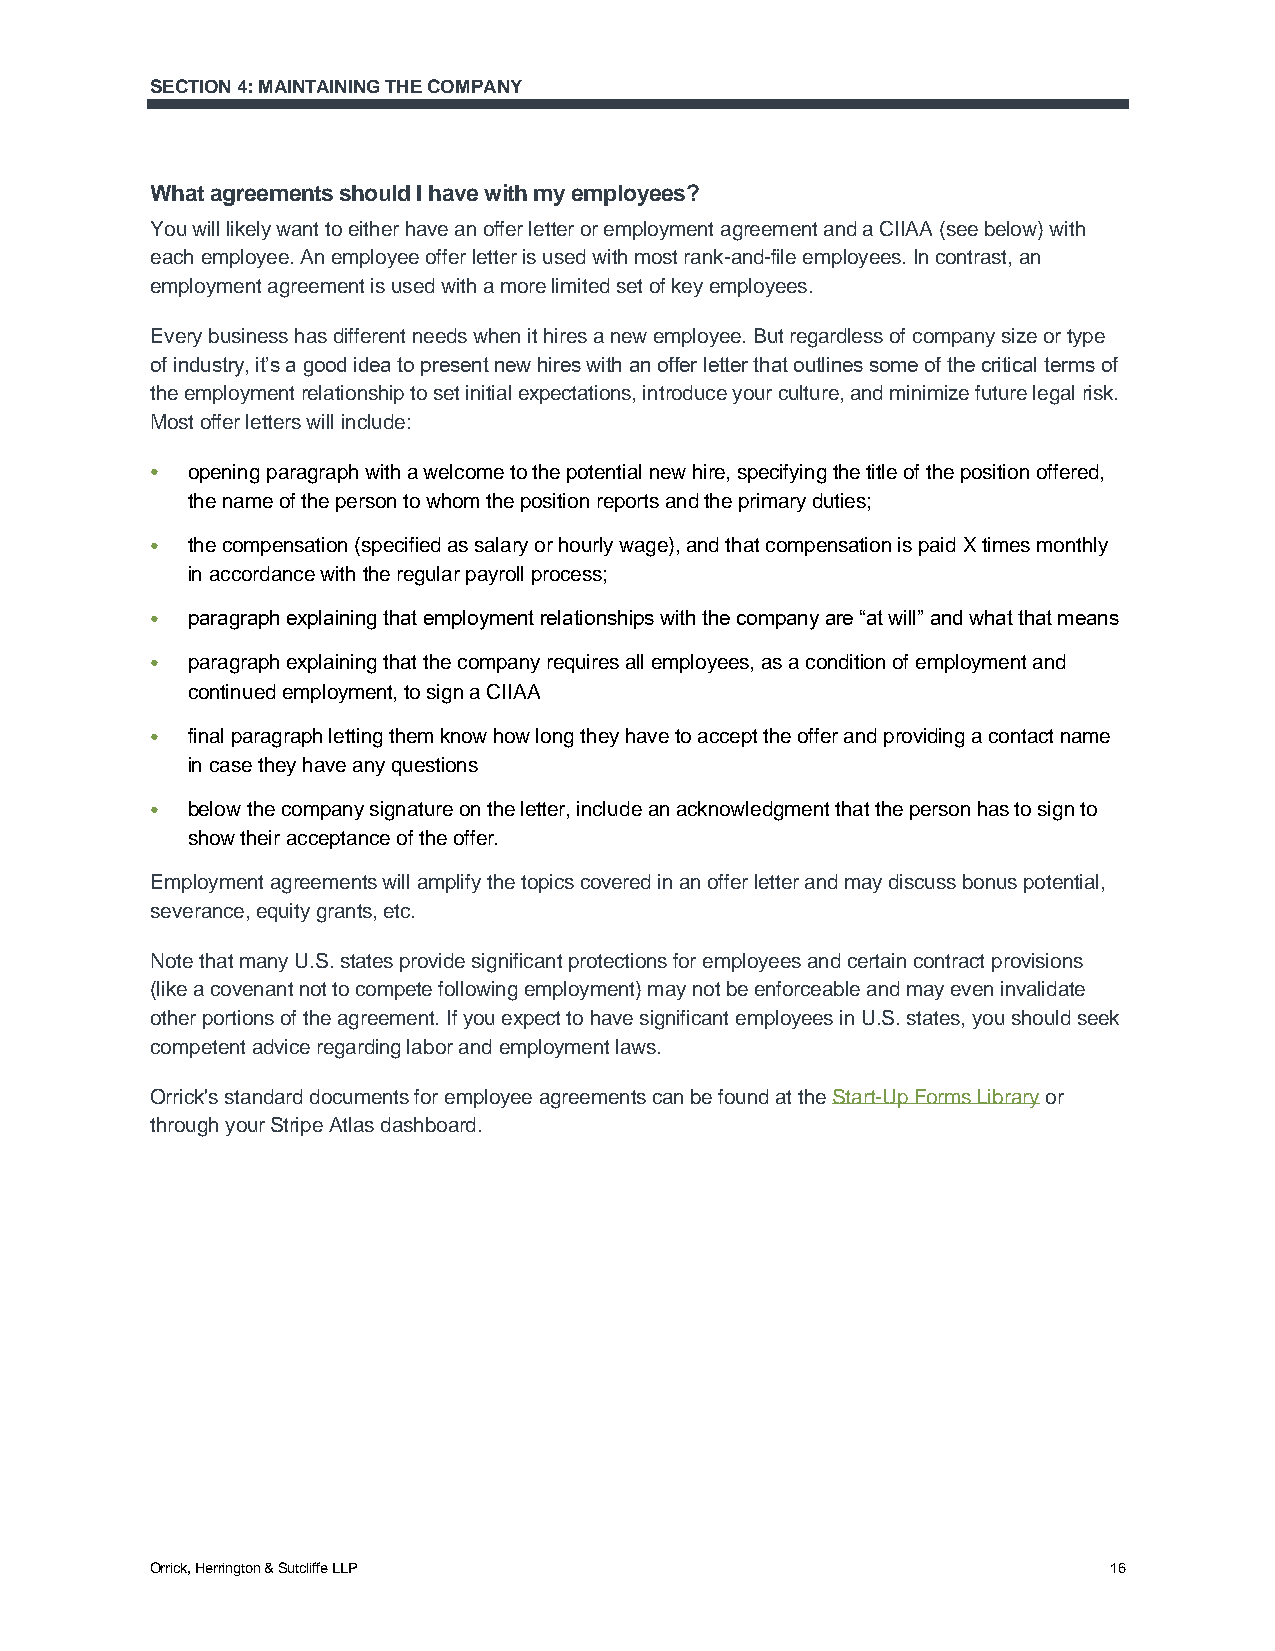
SECTION 4: MAINTAINING THE COMPANY
 What agreements should I have with my employees?
 You will likely want to either have an offer letter or employment agreement and a CIIAA (see below) with
 each employee. An employee offer letter is used with most rank-and-file employees. In contrast, an
 employment agreement is used with a more limited set of key employees.
 Every business has different needs when it hires a new employee. But regardless of company size or type
 of industry, it’s a good idea to present new hires with an offer letter that outlines some of the critical terms of
 the employment relationship to set initial expectations, introduce your culture, and minimize future legal risk.
 Most offer letters will include:
 ● opening paragraph with a welcome to the potential new hire, specifying the title of the position offered,
 the name of the person to whom the position reports and the primary duties;
 ● the compensation (specified as salary or hourly wage), and that compensation is paid X times monthly
 in accordance with the regular payroll process;
 ● paragraph explaining that employment relationships with the company are “at will” and what that means
 ● paragraph explaining that the company requires all employees, as a condition of employment and
 continued employment, to sign a CIIAA
 ● final paragraph letting them know how long they have to accept the offer and providing a contact name
 in case they have any questions
 ● below the company signature on the letter, include an acknowledgment that the person has to sign to
 show their acceptance of the offer.
 Employment agreements will amplify the topics covered in an offer letter and may discuss bonus potential,
 severance, equity grants, etc.
 Note that many U.S. states provide significant protections for employees and certain contract provisions
 (like a covenant not to compete following employment) may not be enforceable and may even invalidate
 other portions of the agreement. If you expect to have significant employees in U.S. states, you should seek
 competent advice regarding labor and employment laws.
 Orrick's standard documents for employee agreements can be found at the Start-Up Forms Library or
 through your Stripe Atlas dashboard.
 Orrick, Herrington & Sutcliffe LLP                             16